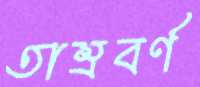
তাম্রবর্ণ